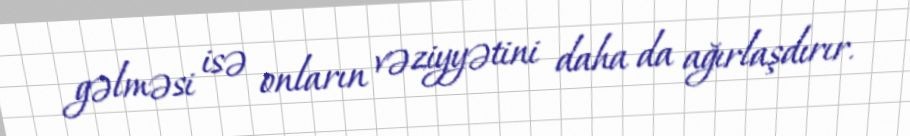
gəlməsi isə onların vəziyyətini daha da ağırlaşdırır.